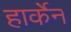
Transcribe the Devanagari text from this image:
हार्केन